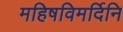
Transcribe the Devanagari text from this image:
महिषविमर्दिनि